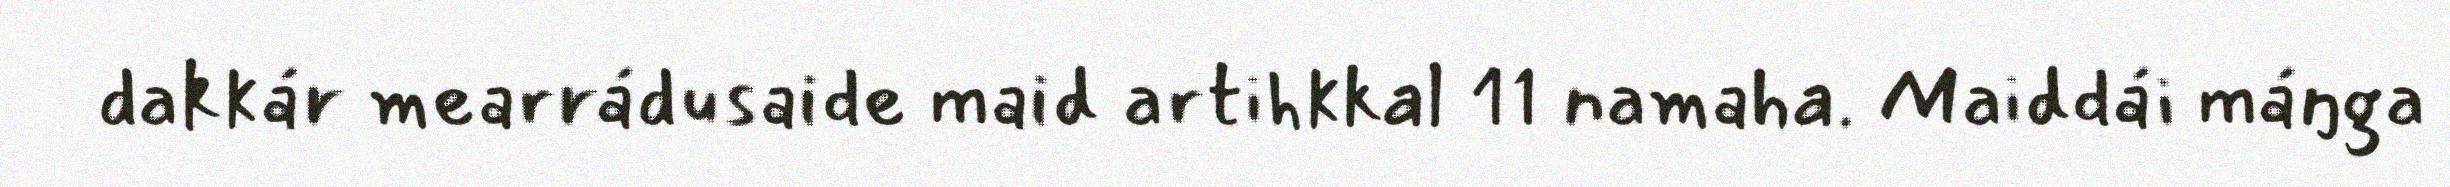
dakkár mearrádusaide maid artihkkal 11 namaha. Maiddái máŋga